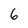
Character: 6